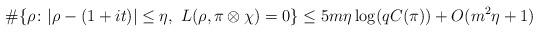
LaTeX: \begin{align*}\#\{\rho\colon |\rho-(1+it)|\leq\eta,~L(\rho,\pi\otimes\chi)=0\}\leq 5m\eta \log(q C(\pi))+O(m^2\eta+1)\end{align*}